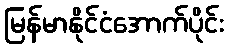
မြန်မာနိုင်ငံအောက်ပိုင်း